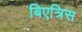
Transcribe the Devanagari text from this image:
बिएत्रिस